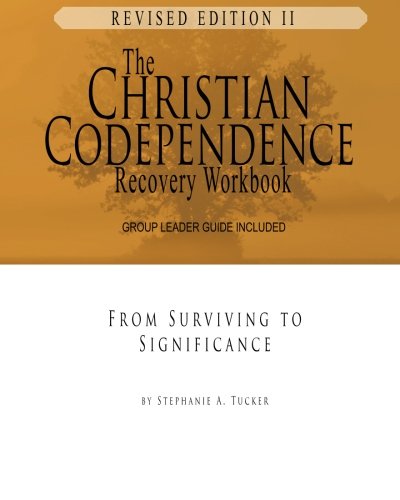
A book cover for The Christian Codependence Recovery Workbook: From Surviving to Significance Revised and Updated; Stephanie Tucker; Christian Books & Bibles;